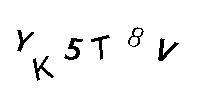
YK5T8V